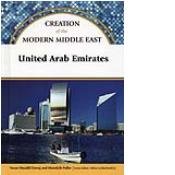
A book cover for United Arab Emirates (Creation Of The Modern Middle East); Susan Muaddi and Meredyth Puller Darraj; History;